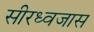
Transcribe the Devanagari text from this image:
सीरध्वजास